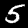
Digit: 5